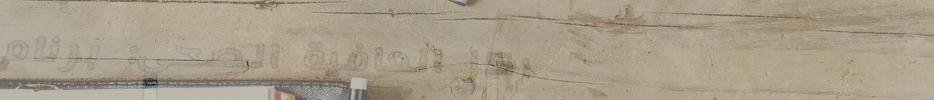
مركز العافية الصحي: برنام